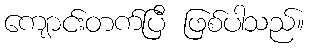
ကျောင်းတက်ပြီ ဖြစ်ပါသည်။